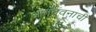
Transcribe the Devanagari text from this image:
आनंदवनाची